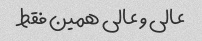
عالی و عالی همین فقط